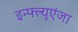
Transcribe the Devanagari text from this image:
इन्फ्ल्युएंजा